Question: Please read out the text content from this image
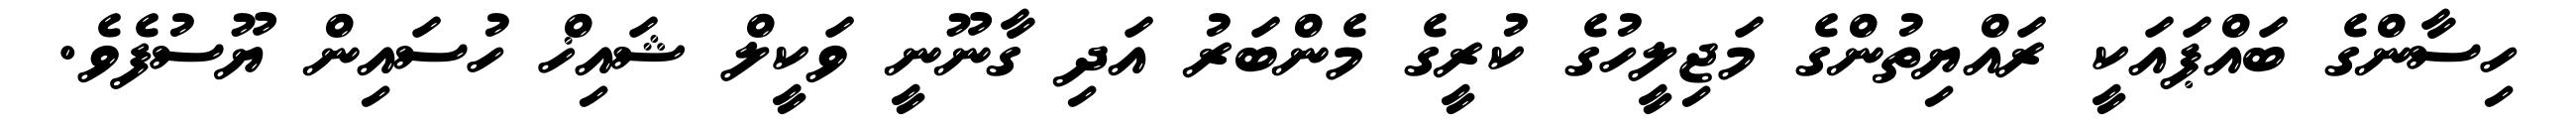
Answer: ހިސާންގެ ބައްޕައަކީ ރައްޔިތުންގެ މަޖިލީހުގެ ކުރީގެ މެންބަރު އަދި ގާނޫނީ ވަކީލް ޝައިޚް ހުސައިން ޔޫސުފެވެ.